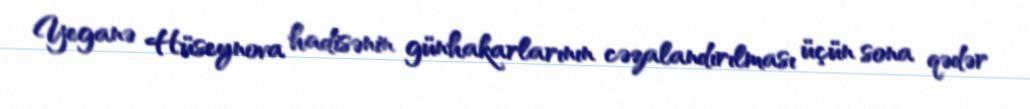
Yeganə Hüseynova hadisənin günhakarlarının cəzalandırılması üçün sona qədər